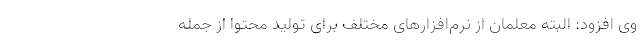
وی افزود: البته معلمان از نرم‌افزارهای مختلف برای تولید محتوا از جمله